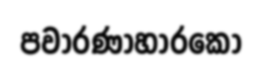
පවාරණාහාරකො